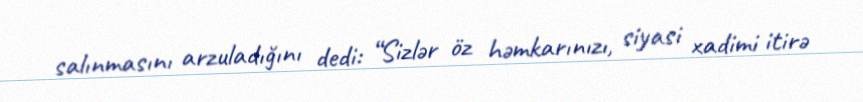
salınmasını arzuladığını dedi: “Sizlər öz həmkarınızı, siyasi xadimi itirə